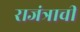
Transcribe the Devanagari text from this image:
राजंत्राची